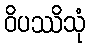
ဝိပဿိသုံ